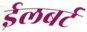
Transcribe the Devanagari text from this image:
ईलबर्ट